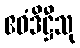
ဧဝံဒိဋ္ဌီသု